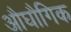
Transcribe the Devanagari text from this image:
औघौगिक